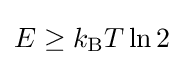
E\geq k_{\text{B}}T\ln 2